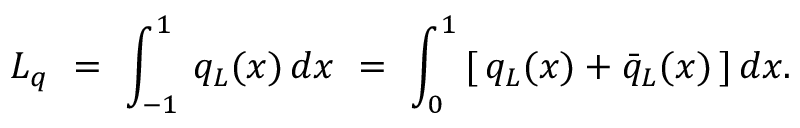
L _ { q } \ = \ \int _ { - 1 } ^ { 1 } \, q _ { L } ( x ) \, d x \ = \ \int _ { 0 } ^ { 1 } \, [ \, q _ { L } ( x ) + \bar { q } _ { L } ( x ) \, ] \, d x .